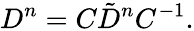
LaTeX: D^{n}=C\tilde{D}^{n}C^{-1}.